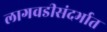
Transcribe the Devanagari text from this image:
लागवडीसंदर्भात